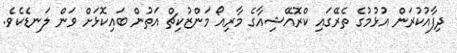
ދިފާއުކުރަން އުޅުމުގެ ތެރޭގައި ކްރޮއޭޝިއާގެ މާރިއޯ މަންޒުކިޗް އަތުން ބައިކޮޅަށް ވަން ލަނޑެކެވެ.